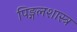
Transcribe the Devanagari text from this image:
पिङ्गलशास्त्र